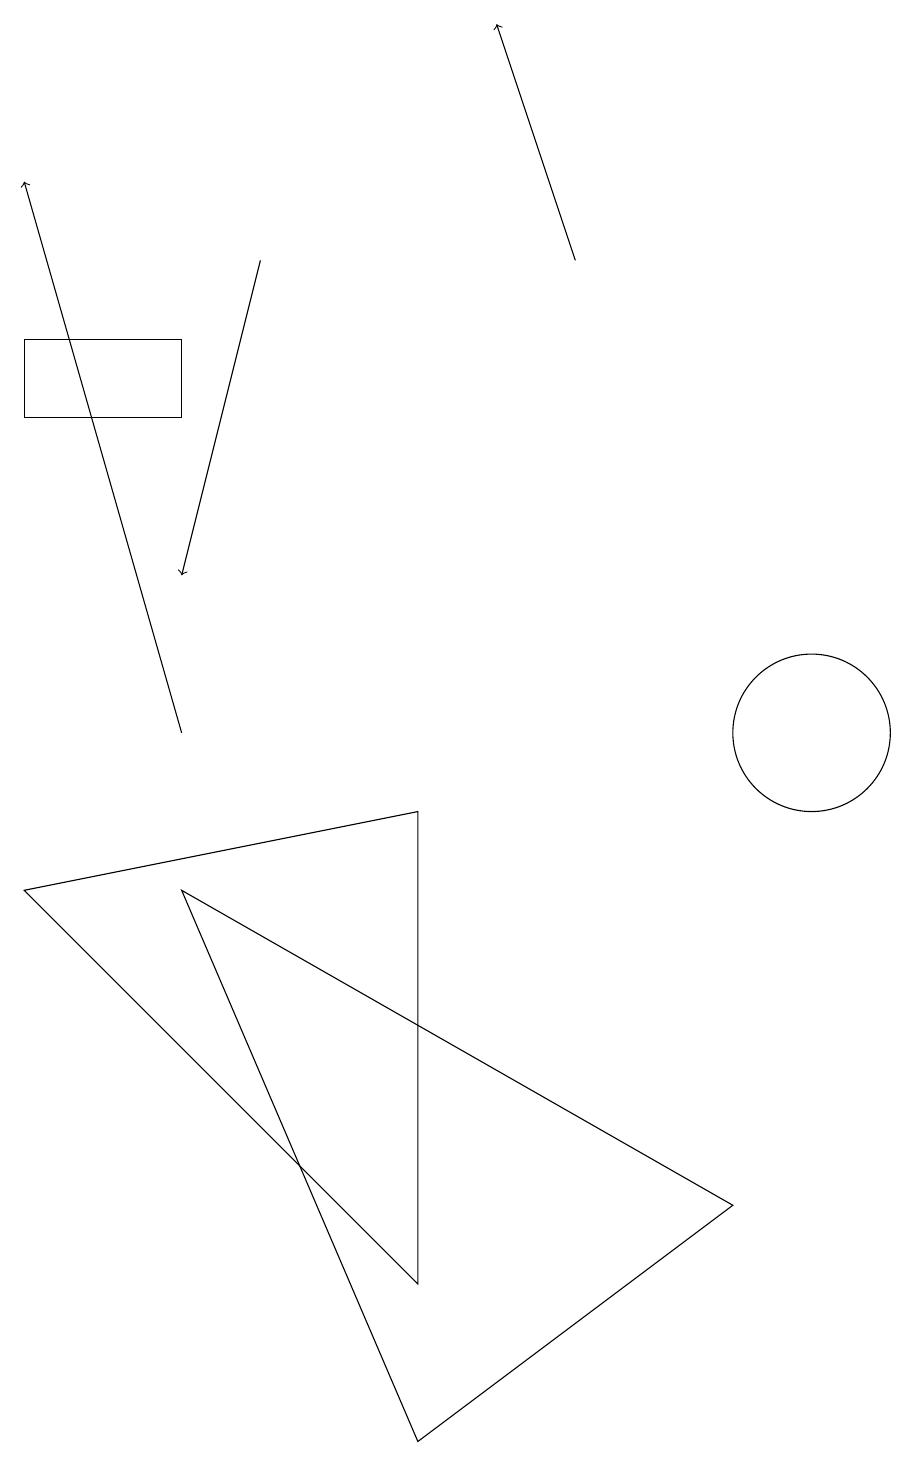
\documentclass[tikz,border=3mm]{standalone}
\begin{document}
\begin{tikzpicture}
\draw[->] (2,10) -- (0,17);
\draw[->] (7,16) -- (6,19);
\draw (2,15) rectangle (0,14);
\draw[->] (3,16) -- (2,12);
\draw (5,9) -- (5,3) -- (0,8) -- cycle;
\draw (10,10) circle (1);
\draw (2,8) -- (5,1) -- (9,4) -- cycle;
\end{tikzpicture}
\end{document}